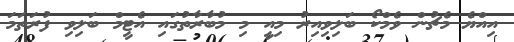
އިއްޔެ މެޗުން ވެމްކޯ ބަލިވިއިރު މިއީ މި މުބާރާތުގައި އެޓީމް ބަލިވި ފުރަތަމަ